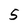
Character: 5